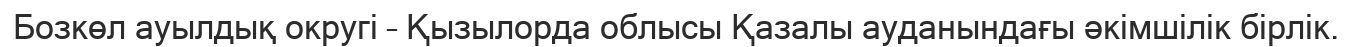
Бозкөл ауылдық округі – Қызылорда облысы Қазалы ауданындағы әкімшілік бірлік.